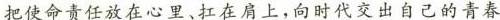
把使命责任放在心里、扛在肩上，向时代交出自己的青春